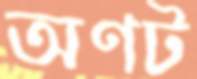
অণট